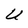
Character: U